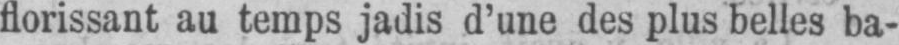
florissant au temps jadis d’une des plus belles ba-